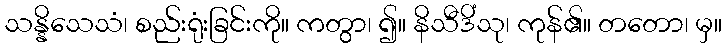
သန္နိသေသံ၊ စည်းရုံးခြင်းကို။ ကတွာ၊ ၍။ နိသီဒိံသု၊ ကုန်၏။ တတော၊ မှ။